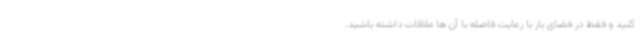
کنید و فقط در فضای باز با رعایت فاصله با آن ها ملاقات داشته باشید.